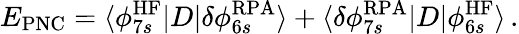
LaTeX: E_{\mathrm{PNC}}=\langle\phi_{7s}^{\mathrm{HF}}|D|\delta\phi_{6s}^{\mathrm{RPA}}\rangle+\langle\delta\phi_{7s}^{\mathrm{RPA}}|D|\phi_{6s}^{\mathrm{HF}}\rangle\, .